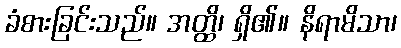
ခံစားခြင်းသည်။ အတ္ထိ၊ ရှိ၏။ နိရာမိသာ၊